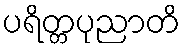
ပရိတ္တပုညာတိ